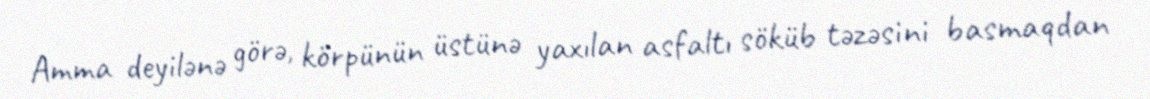
Amma deyilənə görə, körpünün üstünə yaxılan asfaltı söküb təzəsini basmaqdan